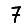
Digit: 7